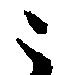
ニ